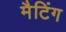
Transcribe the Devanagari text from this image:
मैटिंग